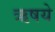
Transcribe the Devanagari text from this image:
ऋषये